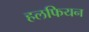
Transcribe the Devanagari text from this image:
हलफियन